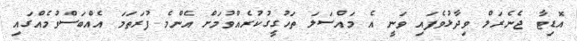
އޮޑިޓާ ޖެނެރަލް ވިދާޅުވެފައި ވަނީ އެ މައްސަލަ ތަހުގީގުކުރެއްވުމަށް އެންމެ ފުރަތަމަ އެއްބަސްވުމެއްގައި